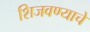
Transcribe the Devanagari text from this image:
शिजवण्याचे